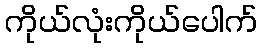
ကိုယ်လုံးကိုယ်ပေါက်